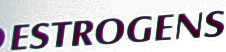
ESTROGENS